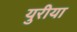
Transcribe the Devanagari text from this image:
युरीया